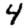
Digit: 4